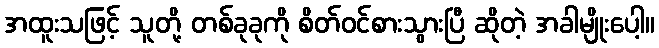
အထူးသဖြင့် သူတို့ တစ်ခုခုကို စိတ်ဝင်စားသွားပြီ ဆိုတဲ့ အခါမျိုးပေါ့။